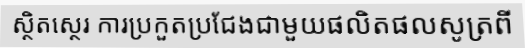
ស្ថិតស្ថេរ ការប្រកួតប្រជែងជាមួយផលិតផលសូត្រពី